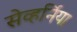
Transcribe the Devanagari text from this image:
सेव्हर्निया